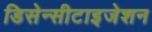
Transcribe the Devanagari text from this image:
डिसेन्सीटाइजेशन